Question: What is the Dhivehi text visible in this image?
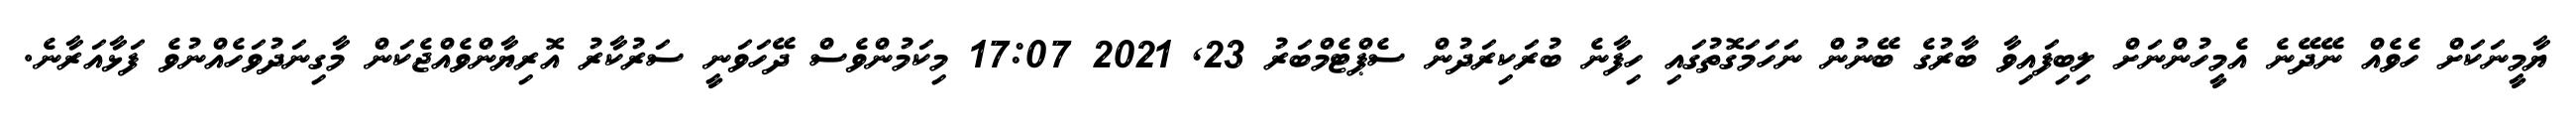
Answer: ޔާމީނަކަށް ހެވެއް ނޭދޭނެ އެމީހުންނަށް ލިބިފައިވާ ބާރުގެ ބޭނުން ނަހަމަގޮތުގައި ހިފާނެ ބުރަކިރަދުން ސެޕްޓެމްބަރު 23, 2021 17:07 މިކަމުންވެސް ދޭހަވަނީ ސަރުކާރު އޮރިޔާންވެއްޖެކަން މާގިނަދުވަހެއްނުވެ ފަޅާއަރާނެ.